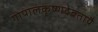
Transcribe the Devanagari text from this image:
गोपालकृष्णदेवतायै